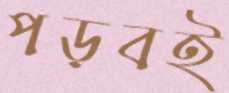
পড়বই